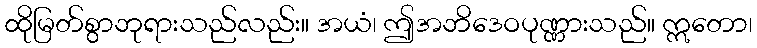
ထိုမြတ်စွာဘုရားသည်လည်း။ အယံ၊ ဤအဘိဒေဝပုဏ္ဏားသည်။ ဣတော၊